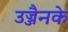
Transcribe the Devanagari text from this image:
उज्जैनके